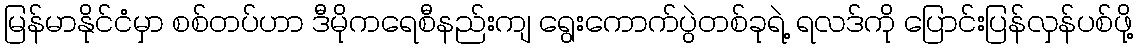
မြန်မာနိုင်ငံမှာ စစ်တပ်ဟာ ဒီမိုကရေစီနည်းကျ ရွေးကောက်ပွဲတစ်ခုရဲ့ ရလဒ်ကို ပြောင်းပြန်လှန်ပစ်ဖို့